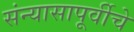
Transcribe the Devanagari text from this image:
संन्यासापूर्वीचे